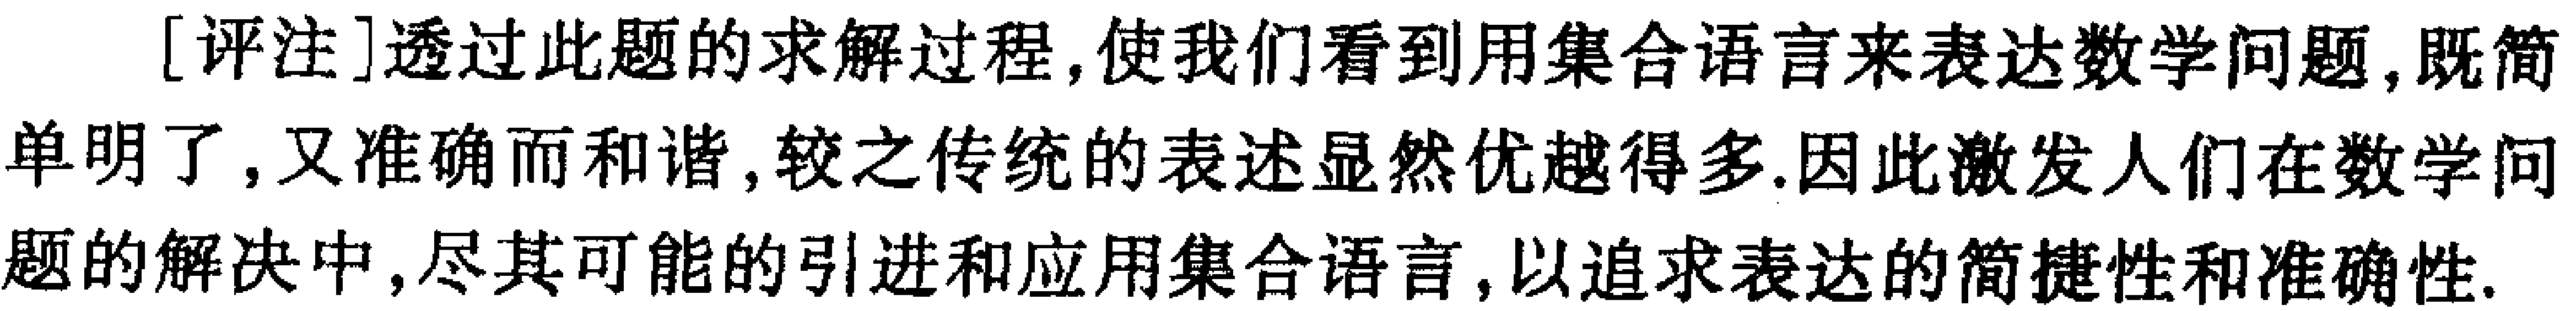
[评注]透过此题的求解过程,使我们看到用集合语言来表达数学问题,既简单明了,又准确而和谐,较之传统的表述显然优越得多.因此激发人们在数学问题的解决中,尽其可能的引进和应用集合语言,以追求表达的简捷性和准确性.